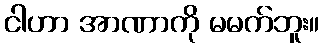
ငါဟာ အာဏာကို မမက်ဘူး။